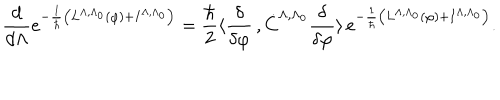
LaTeX: \frac { d } { d \Lambda } e ^ { - \frac { 1 } { \hbar } \left( L ^ { \Lambda , \Lambda _ { 0 } } ( \varphi ) + I ^ { \Lambda , \Lambda _ { 0 } } \right) } = \frac { \hbar } { 2 } \langle \frac { \delta } { \delta \varphi } \, , \dot { C } ^ { \Lambda , \Lambda _ { 0 } } \frac { \delta } { \delta \varphi } \rangle \, e ^ { - \frac { 1 } { \hbar } \left( L ^ { \Lambda , \Lambda _ { 0 } } ( \varphi ) + I ^ { \Lambda , \Lambda _ { 0 } } \right) } .